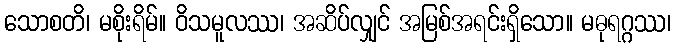
သောစတိ၊ မစိုးရိမ်။ ဝိသမူလဿ၊ အဆိပ်လျှင် အမြစ်အရင်းရှိသော။ မဓုရဂ္ဂဿ၊